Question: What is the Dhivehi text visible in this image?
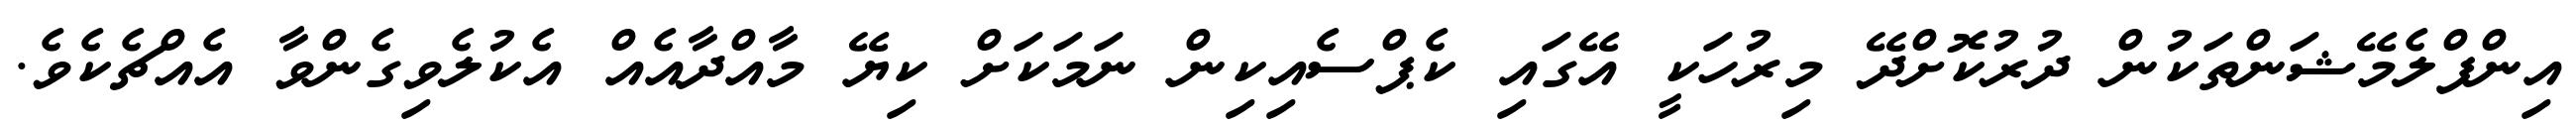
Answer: އިންފްލެމޭޝަންތަކުން ދުރުކޮށްދޭ މިރުހަކީ އޭގައި ކެޕްސެއިކިން ނަމަކަށް ކިޔޭ މާއްދާއެއް އެކުލެވިގެންވާ އެއްޗެކެވެ.